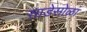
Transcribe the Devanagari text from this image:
साडेसोळा